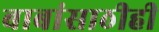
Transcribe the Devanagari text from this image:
बाबांसाठीही